Civil Veterinary Dept. Bombay admin report 1914-1922 - 1914-1922
Year: 1914
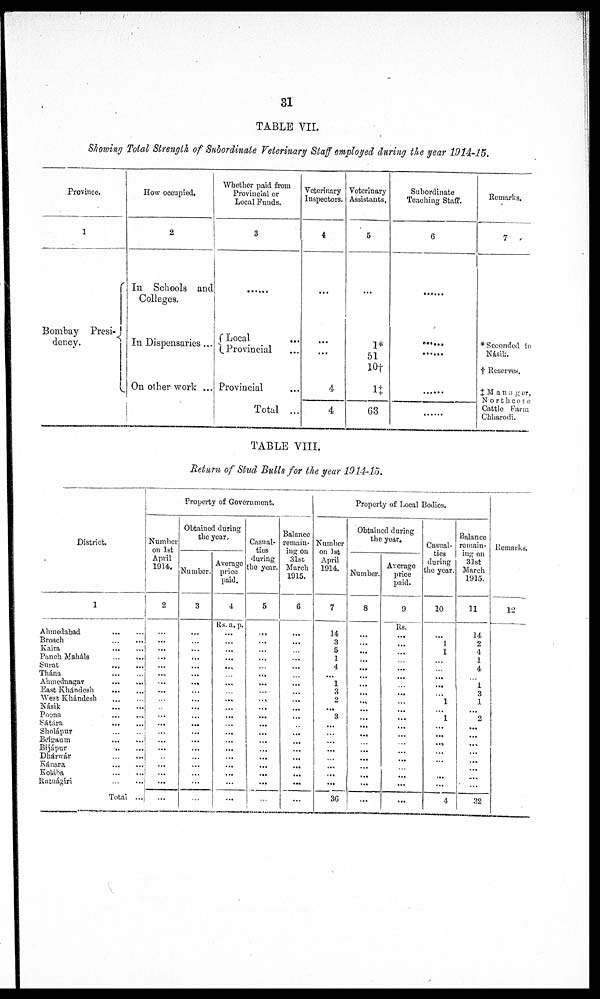
31
TABLE VII.
Showing Total Strength of Subordinate Veterinary Staff employed during the year 1914-15.
Province.
1
Bombay Presi-
dency.
How occupied.
2
In Schools and
Colleges.
In Dispensaries...
On other work ...
Whether paid from
Provincial or
Local Funds.
3
Local ...
Provincial ...
Provincial
Total ...
Veterinary
Inspectors.
4
...
...
4
4
Voterinary
Assistants.
5
1*
51
10†
1‡
63
Subordinate
Teaching Staff.
6
......
.......
......
......
Remarks.
7
* Seconded to
Násik.
† Reserves.
‡ Manager,
Northcote
Cattle Farm
Chharodi.
TABLE VIII.
Return of Stud Bulls for the year 1914-15.
District.
1
Ahmedabad
...
...
Broach
Kaira
...
...
Panch Maháls
...
...
Surat
...
...
Thána
...
...
Ahmednagar
...
...
East Khándesh
...
...
West Khándesh
...
...
Násik
...
...
Poona
...
...
Sátára
...
...
Sholápur
...
...
Belgaum
...
...
Bijápur
...
...
Dhárwár
...
...
Kánara
...
...
Kolába ... ...
Ratuágiri
...
...
Total ...
Property of Government.
Number
on 1st
April
1914.
2
...
...
...
...
...
...
...
...
...
...
...
...
...
...
...
.. ...
...
...
...
Obtained during
the year.
Number.
3
...
...
...
...
...
...
...
...
...
...
...
...
...
...
...
...
...
...
...
...
Average
price
paid.
4
Rs. a. p.
...
...
...
...
...
....
...
...
...
...
...
...
...
...
...
...
...
...
...
...
Casual-
ties
during
the year.
5
...
...
...
...
...
...
...
...
...
...
...
...
...
...
...
...
...
...
...
...
Balance
remain-
ing on
31st
March
1915.
6
...
...
...
...
...
...
...
...
...
...
..
...
...
...
...
...
...
...
...
Property of Local Bodies.
Number
on 1st
April
1914.
7
14
3
5
1
4
...
1
3
2
...
3
...
...
...
...
... ...
...
...
36
Obtained during
the year.
Number.
8
...
...
...
...
...
...
...
...
...
...
...
...
...
...
...
...
...
...
...
...
Average
price
paid.
9
Rs.
...
...
...
...
...
...
...
...
...
...
...
...
...
...
...
...
...
...
...
Casual-
ties
during
the year.
10
...
1
1
...
...
...
...
... 1
...
1
...
...
...
...
...
...
...
...
4
Balanco
remain-
ing on
31st
March
1915.
11
14
2
4
1
4
...
1
3
1
...
2
...
...
...
...
...
...
...
...
32
Remarks.
12